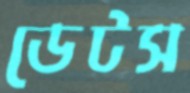
ডেটস